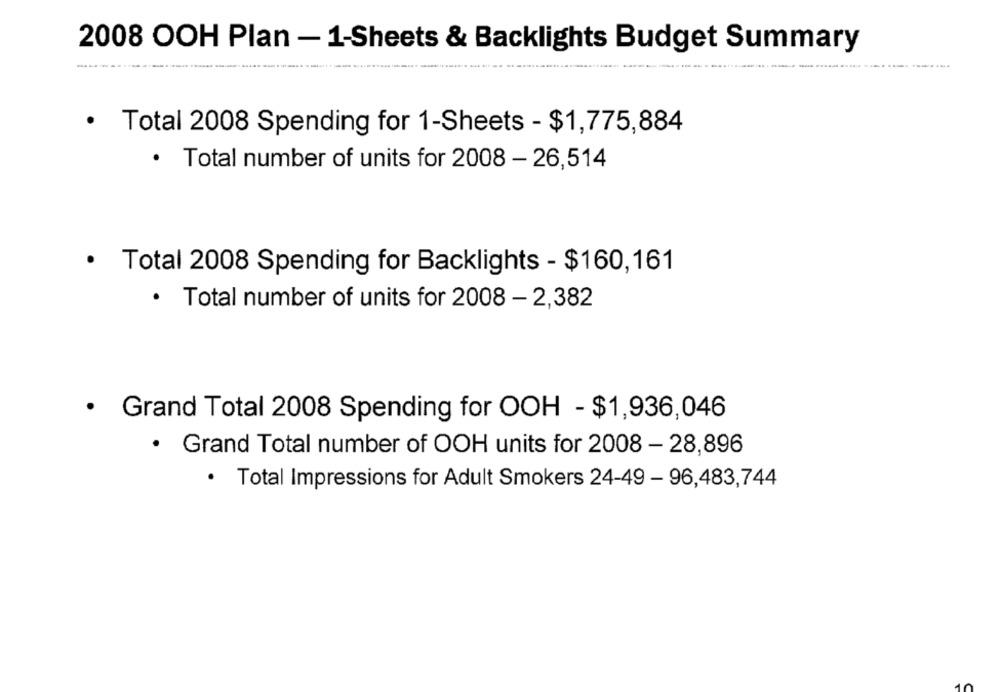
2008 OOH Plan - 1-Sheets & Backlights Budget Summary
.....
· Total 2008 Spending for 1-Sheets - $1,775,884
· Total number of units for 2008 - 26,514
· Total 2008 Spending for Backlights - $160,161
· Total number of units for 2008 - 2,382
· Grand Total 2008 Spending for OOH - $1,936,046
· Grand Total number of OOH units for 2008 - 28,896
· Total Impressions for Adult Smokers 24-49 - 96,483,744